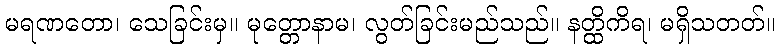
မရဏတော၊ သေခြင်းမှ။ မုတ္တောနာမ၊ လွတ်ခြင်းမည်သည်။ နတ္ထိကိရ၊ မရှိသတတ်။